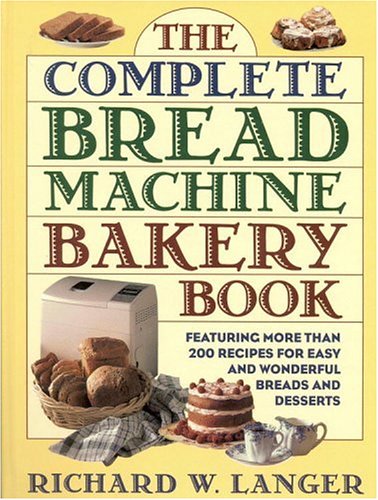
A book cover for The Complete Bread Machine Bakery Book; Richard W. Langer; Cookbooks, Food & Wine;